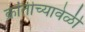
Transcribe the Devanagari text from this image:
क्रांतीच्यावेळी